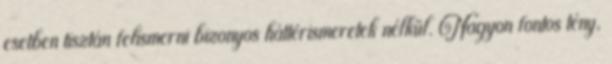
esetben tisztán felismerni bizonyos háttérismeretek nélkül. Nagyon fontos tény,